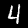
Digit: 4